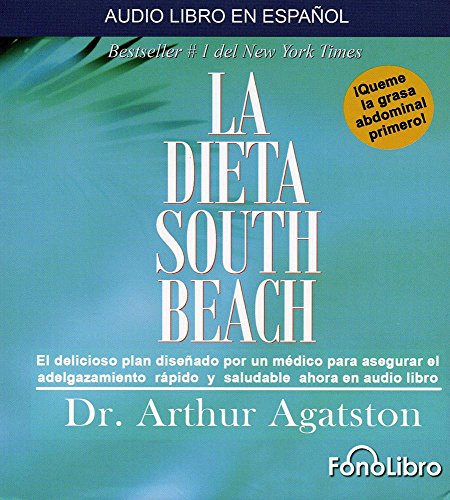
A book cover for La Dieta South Beach  (Spanish Edition); Arthur Agatston; Health, Fitness & Dieting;